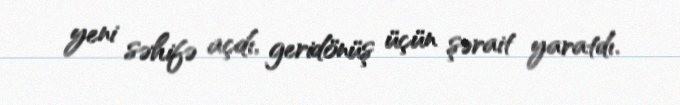
yeni səhifə açdı, geridönüş üçün şərait yaratdı.